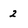
Character: 2